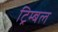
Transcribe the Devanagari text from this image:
ट्रिम्बल